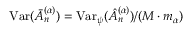
\mathrm { V a r } ( \bar { A } _ { n } ^ { ( \alpha ) } ) = \mathrm { V a r } _ { \psi } ( \hat { A } _ { n } ^ { ( \alpha ) } ) / ( M \cdot m _ { \alpha } )